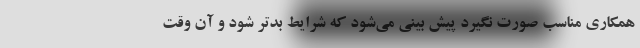
همکاری مناسب صورت نگیرد پیش بینی می‌شود که شرایط بدتر شود و آن وقت